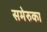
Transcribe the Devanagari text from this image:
समेरुका